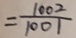
= \frac { 1 0 0 2 } { 1 0 0 1 }